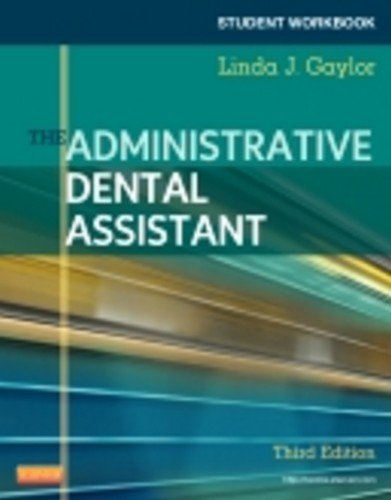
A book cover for Student Workbook for The Administrative Dental Assistant, 3e; Linda J Gaylor RDA  BPA  MEd; Medical Books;